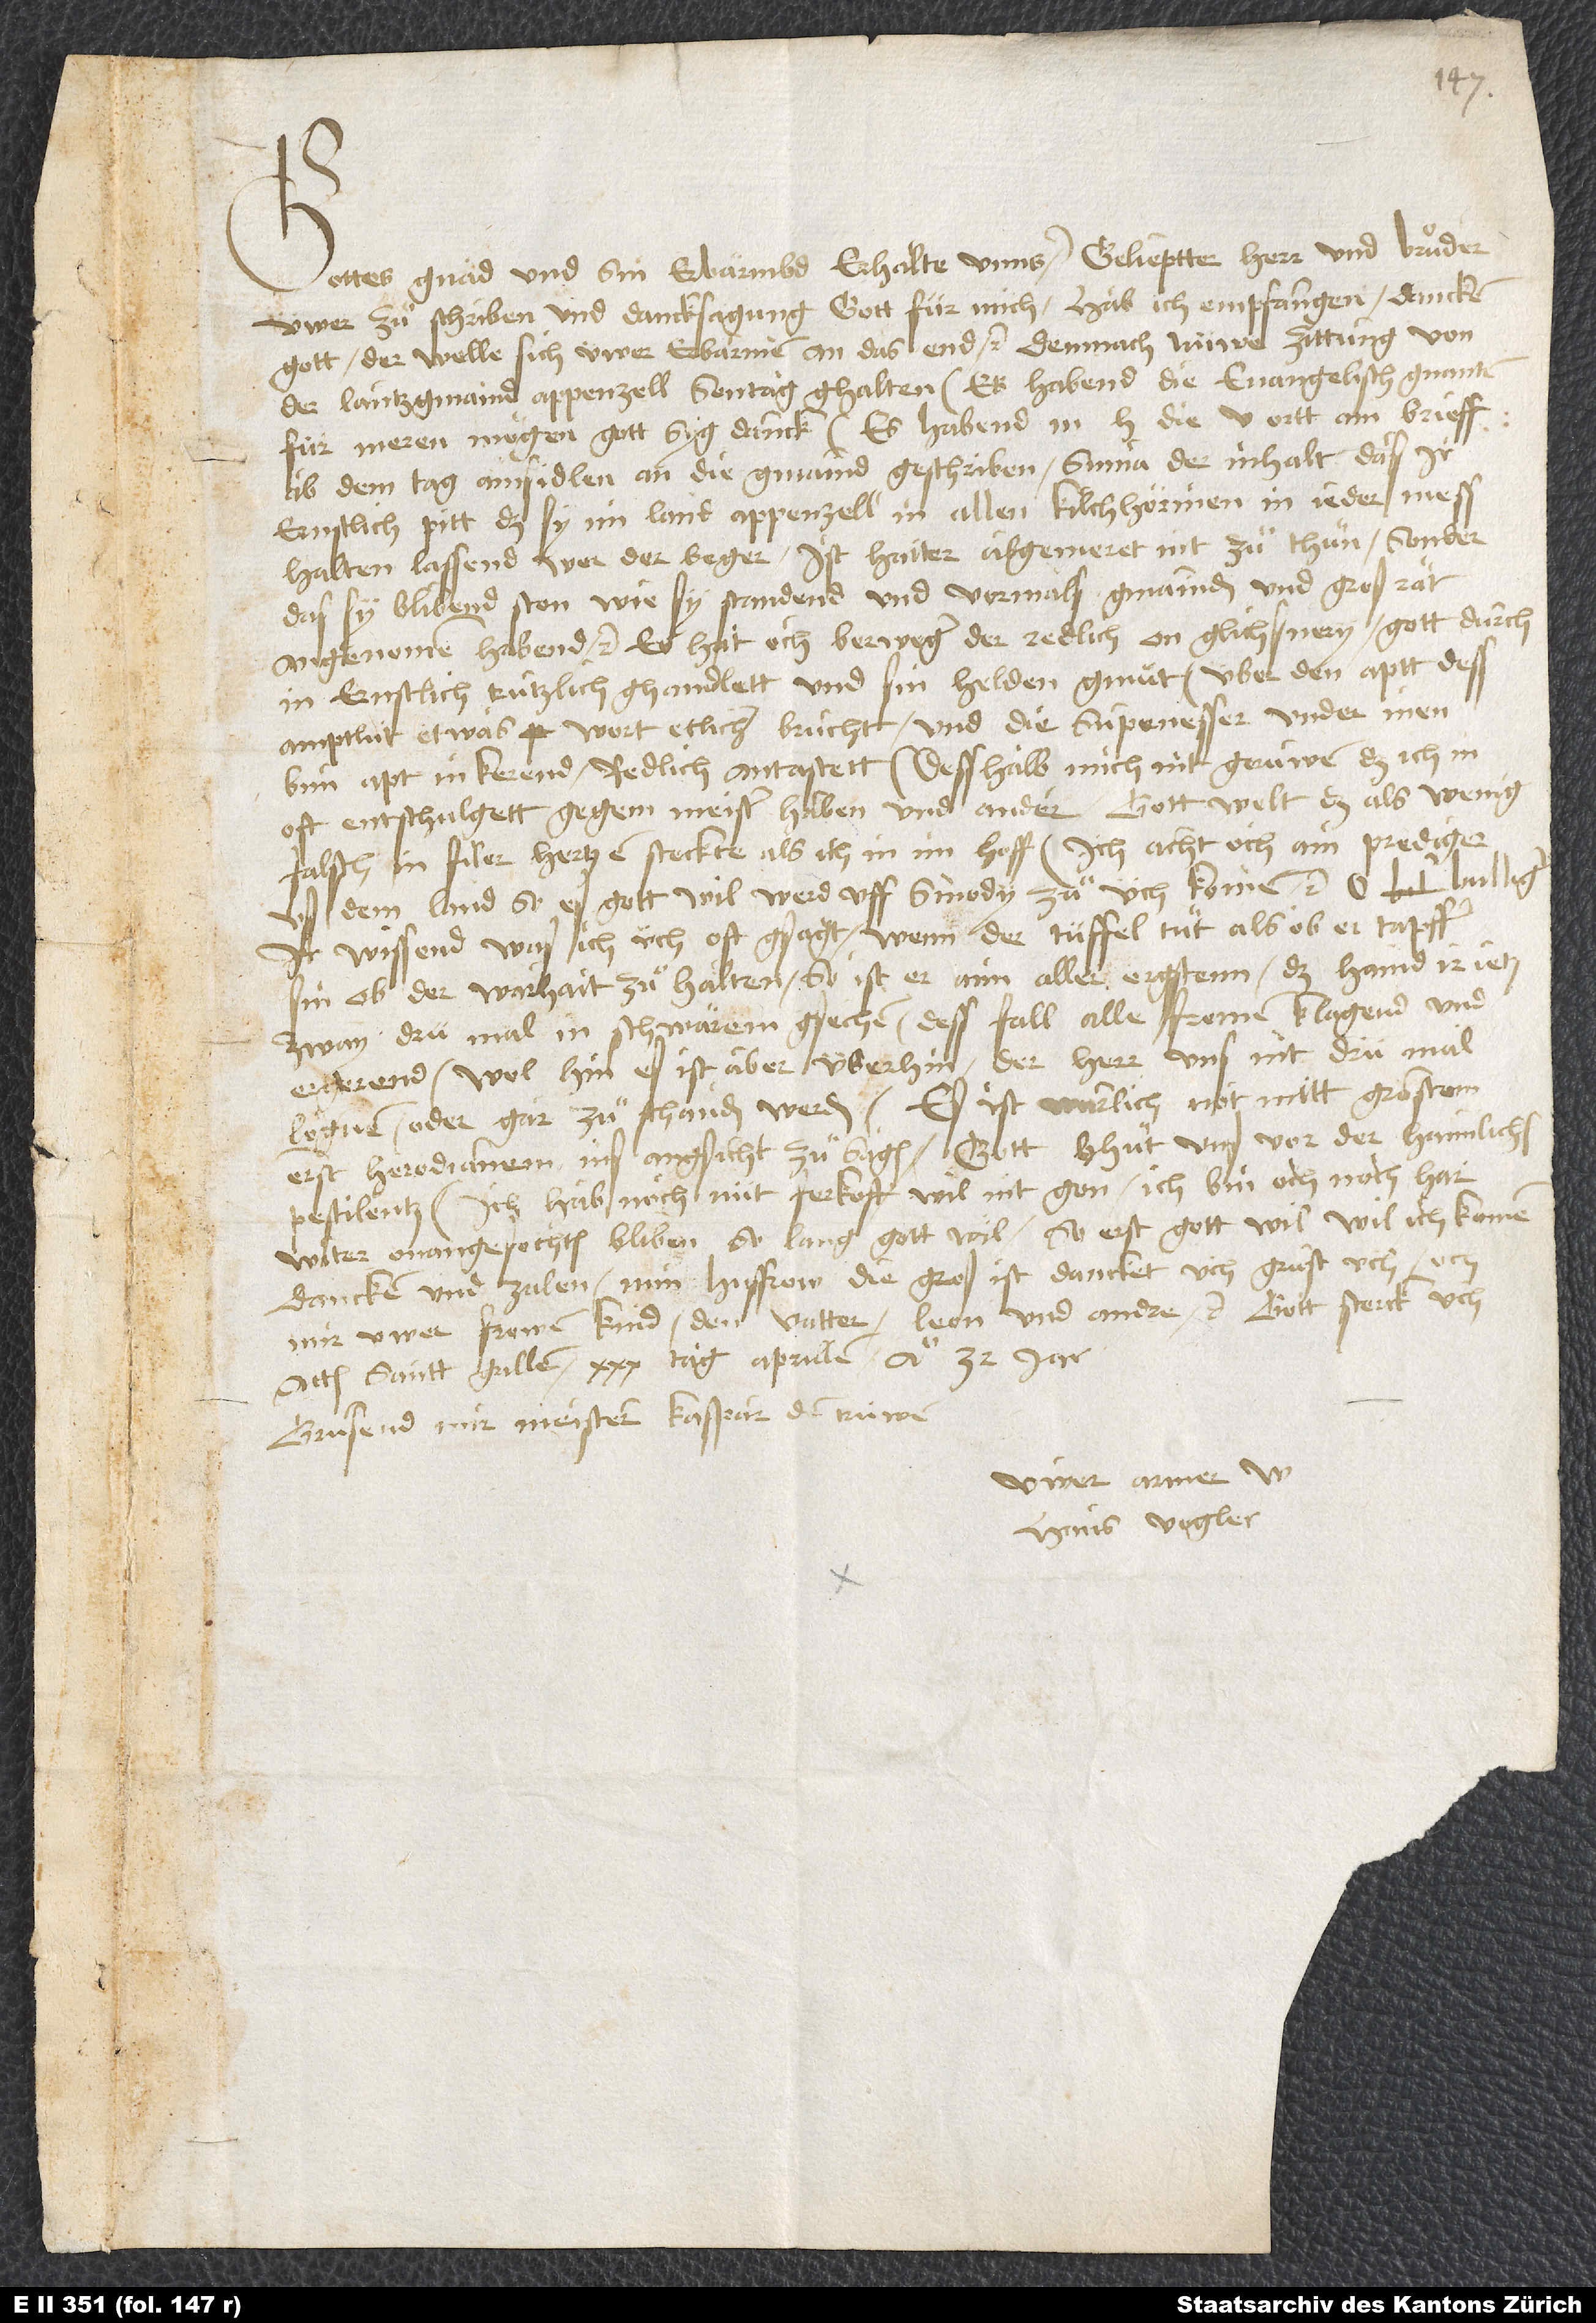
Gottes gnad und sin erbärmbd erhalte unns. Gelieptter herr und bruͤder,
üwer zuͤschriben und dancksagung gott für mich hab ich empfangen. Dancken
gott, der welle sich üwer erbarmen an das end etc. Demnach nüwe zittung von
der lantzgmaind Appenzell sontag ghalten: Es habend die evangelisch gnanten
für meren mögen, gott syg danck. Es habend min herren die 5 ortt ain brieff
ab dem tag Ainsidlen an die gmaind geschriben, summa der inhalt, daß ir
ernstlich pitt, daß sy im land Appenzell in allen kilchhörinen, in jeder, mess
halten lassend, wer der beger. Ist haiter abgemeret, nit zuͦ thuͤn, sonder
das sy blibend ston, wi si standend, und vormals gmainden und groß rät
angenomen habend etc. Es hat och Berweger, der redlich, on glichsnery, gott durch
in, ernstlich trutzlich ghandlett und sin helden gmuͤt, über den aptt, dess
amptlüt etwas wort etlicher brucht, und die supenesser under inen
bim apt inkerend, redlich antastett. Desshalb mich nit geruwen, daß ich in
oft entschulgett gegen meister Haben und ander. Gott welt, daß als wenig
falsch in filer hertzen steckte, als ich in im hoff. Ich acht och, ain prediger
uß dem land, so eß gott wil, werd uff sinody zuͦ üch komen etc. O
ir wissend, was ich üch oft gsagt: wenn der tüffel tuͤt, als ob er tapffer
sin, ob der warhait zuͤ halten, so ist er aim aller ergstenn. Das hand ir jetz
zway drü mal im schwären gsechen. Dess fall alle fromen klagend und
ergerend. Wolhin, es ist aber überhin. Der herr uns nit drü mal
lognen oder gar zuͤ schanden werden. Es ist warlich not, mitt großem
ernst Herodianem ins angsicht zuͤ sagen. Gott bhuͤt uns vor der haimlichen
pestilentz. Ich hab noch nüt ferkoft; will nit gon. Ich bin och noch har
witer onangefochten bliben, so lang gott wil. So erst gott wil, wil ich komen,
dancken und zalen. Min husfrow, die groß ist, dancket üch. Grüst üch och
mir üwer frowen, kind, den vatter, Leon und andre etc. Gott sterck üch.
Actum Santt Gallen, 30. tag aprillen anno 32 jar.
Grüsend mir meister Kaspar, den trüwen.
Üwer armer w
Hans Vogler.